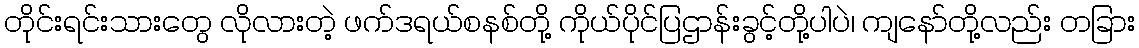
တိုင်းရင်းသားတွေ လိုလားတဲ့ ဖက်ဒရယ်စနစ်တို့ ကိုယ်ပိုင်ပြဌာန်းခွင့်တို့ပါပဲ၊ ကျနော်တို့လည်း တခြား